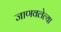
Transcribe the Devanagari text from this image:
जाणवलेल्या